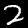
Label: 2